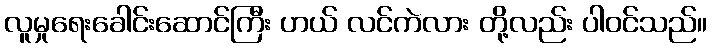
လူမှုရေးခေါင်းဆောင်ကြီး ဟယ် လင်ကဲလား တို့လည်း ပါဝင်သည်။